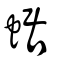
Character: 蜛